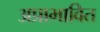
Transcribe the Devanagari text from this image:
अप्राभावित